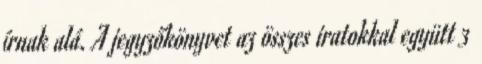
írnak alá. A jegyzőkönyvet az összes iratokkal együtt 3